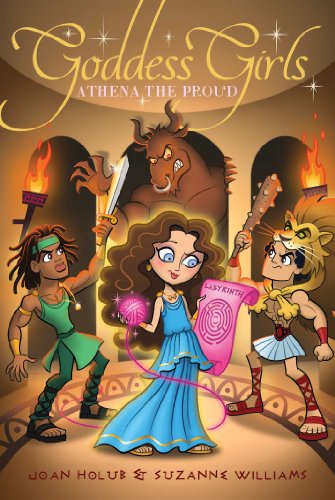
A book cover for Athena the Proud (Goddess Girls); Joan Holub; Children's Books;